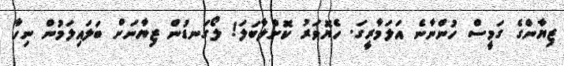
ޒިޔާންގެ ގަމީސް ހުންނާނެ އަލަމާރީގަ. ހެޔޮވަރު ކޮށްލާބަލަ! ލޯގަނޑުން ޒިޔާނަށް ބަލައިލަމުން ނިހާ